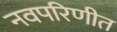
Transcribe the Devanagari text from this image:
नवपरिणीत